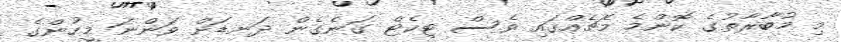
މި މުބާރާތުގެ ކޮންމެ މެޗެއްގައި ވެސް ޓިކެޓް ގަނެގެން ދަނޑަށް ވަންނަ މީހުންގެ